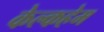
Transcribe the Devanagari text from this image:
केल्कहेम